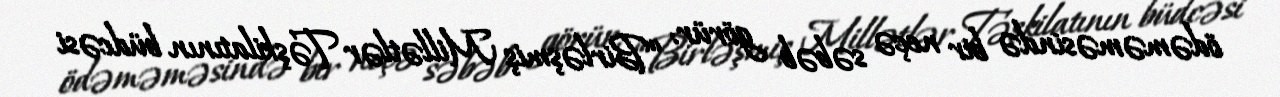
ödəməməsində bir neçə səbəb görür: “Birləşmiş Millətlər Təşkilatının büdcəsi